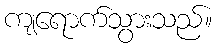
ကျရောက်သွားသည်။